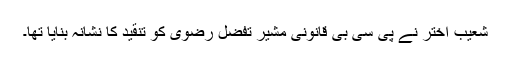
شعیب اختر نے پی سی بی قانونی مشیر تفضل رضوی کو تنقید کا نشانہ بنایا تھا۔